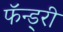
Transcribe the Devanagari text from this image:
फॅन्ड्री